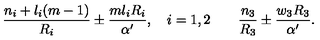
\frac { n _ { i } + l _ { i } ( m - 1 ) } { R _ { i } } \pm \frac { m l _ { i } R _ { i } } { \alpha ^ { \prime } } , \quad i = 1 , 2 \qquad \frac { n _ { 3 } } { R _ { 3 } } \pm \frac { w _ { 3 } R _ { 3 } } { \alpha ^ { \prime } } .